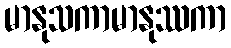
မာနုသကာမာနုဿကာ